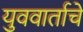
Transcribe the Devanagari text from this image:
युववार्ताचे